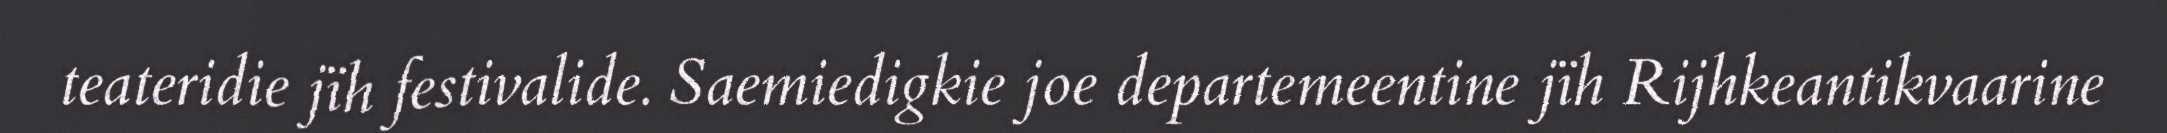
teateridie jïh festivalide. Saemiedigkie joe departemeentine jïh Rijhkeantikvaarine